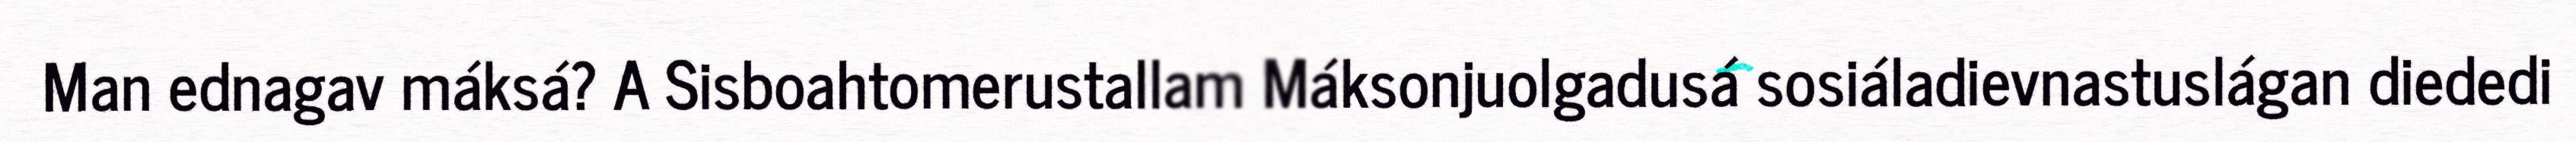
Man ednagav máksá? A Sisboahtomerustallam Máksonjuolgadusá sosiáladievnastuslágan diededi